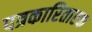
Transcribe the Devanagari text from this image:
पत्रकारिताएक